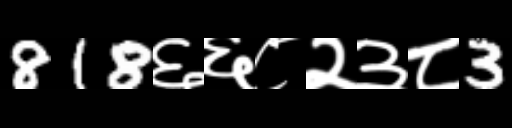
Text: 818६६८२३८3